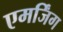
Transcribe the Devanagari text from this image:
एमर्जिंग